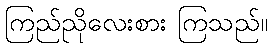
ကြည်ညိုလေးစား ကြသည်။